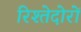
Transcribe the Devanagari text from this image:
रिश्तेदोरों